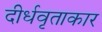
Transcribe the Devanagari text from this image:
दीर्धवृताकार